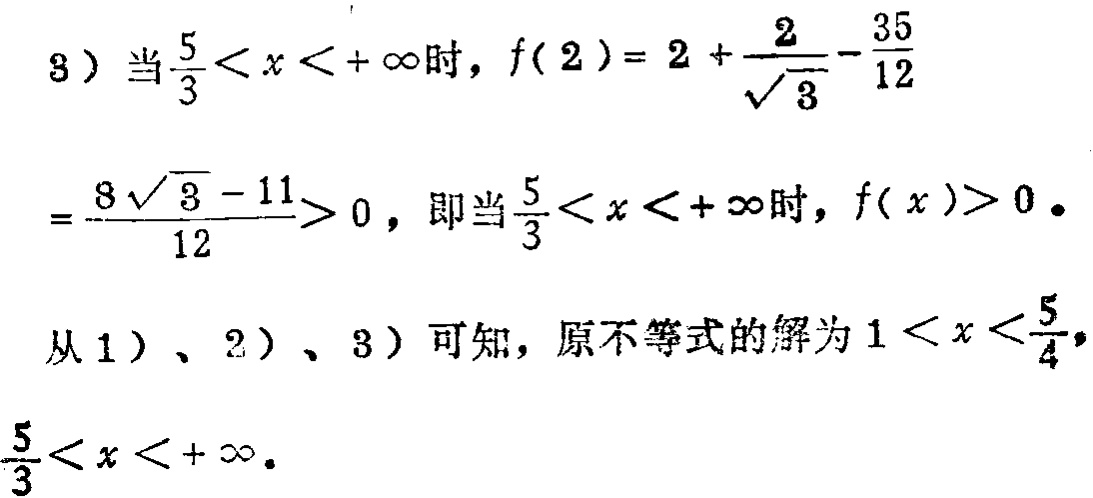
3) 当$\frac{5}{3} < x < +\infty$时，$f(2)=2 + \frac{2}{\sqrt{3}}-\frac{35}{12}$
$=\frac{8\sqrt{3}-11}{12}> 0$，即当$\frac{5}{3} < x < +\infty$时，$f(x)> 0$。
从1）、2）、3）可知，原不等式的解为$1 < x < \frac{5}{4}$，$\frac{5}{3} < x < +\infty$。